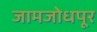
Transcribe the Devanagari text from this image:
जामजोधपूर